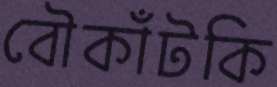
বৌকাঁটকি